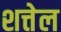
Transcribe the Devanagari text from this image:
शत्तेल